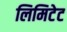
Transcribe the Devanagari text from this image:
लिमिटेट